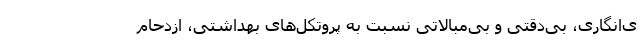
ی‌انگاری، بی‌دقتی و بی‌مبالاتی نسبت به پروتکل‌های بهداشتی، ازدحام